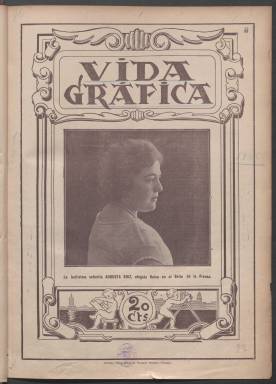
Título: Vida gráfica
Colección: Revistas de información general
Ámbito geográfico: Málaga
Lugar de publicación: Málaga
Fechas: 02/03/1925-25/12/1933